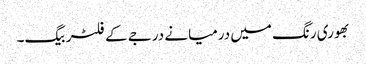
بھوری رنگ میں درمیانے درجے کے فلٹر بیگ۔